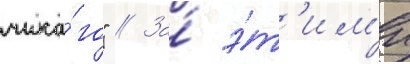
чика́го" // За́ э́т'им'и